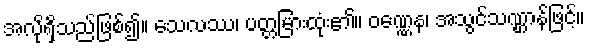
အလိုရှိသည်ဖြစ်၍။ သေလဿ၊ ပတ္တမြားထုံး၏။ ဝဏ္ဏေန၊ အသွင်သဏ္ဌာန်ဖြင့်။